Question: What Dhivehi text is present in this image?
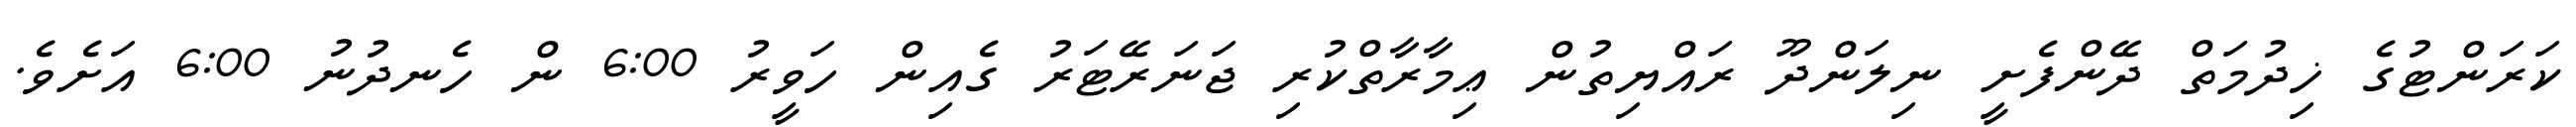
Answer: ކަރަންޓުގެ ޚިދުމަތް ދޭންފެށީ ނިލަންދޫ ރައްޔިތުން ޢިމާރާތްކުރި ޖަނަރޭޓަރު ގެއިން ހަވީރު 6:00 ން ހެނދުނު 6:00 އަށެވެ.